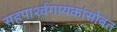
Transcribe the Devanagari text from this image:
सहपार्श्वगायकांसोबत